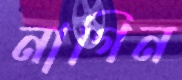
নাগিন